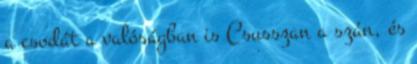
a csodát a valóságban is Csusszan a szán, és